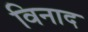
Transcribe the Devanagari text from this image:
विनाद